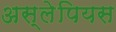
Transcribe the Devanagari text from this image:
अस्लेपियस